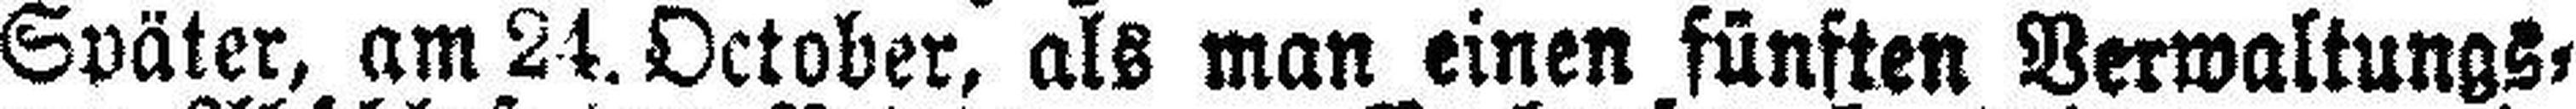
Später, am 24 October, als man einen fünften Verwaltungs¬